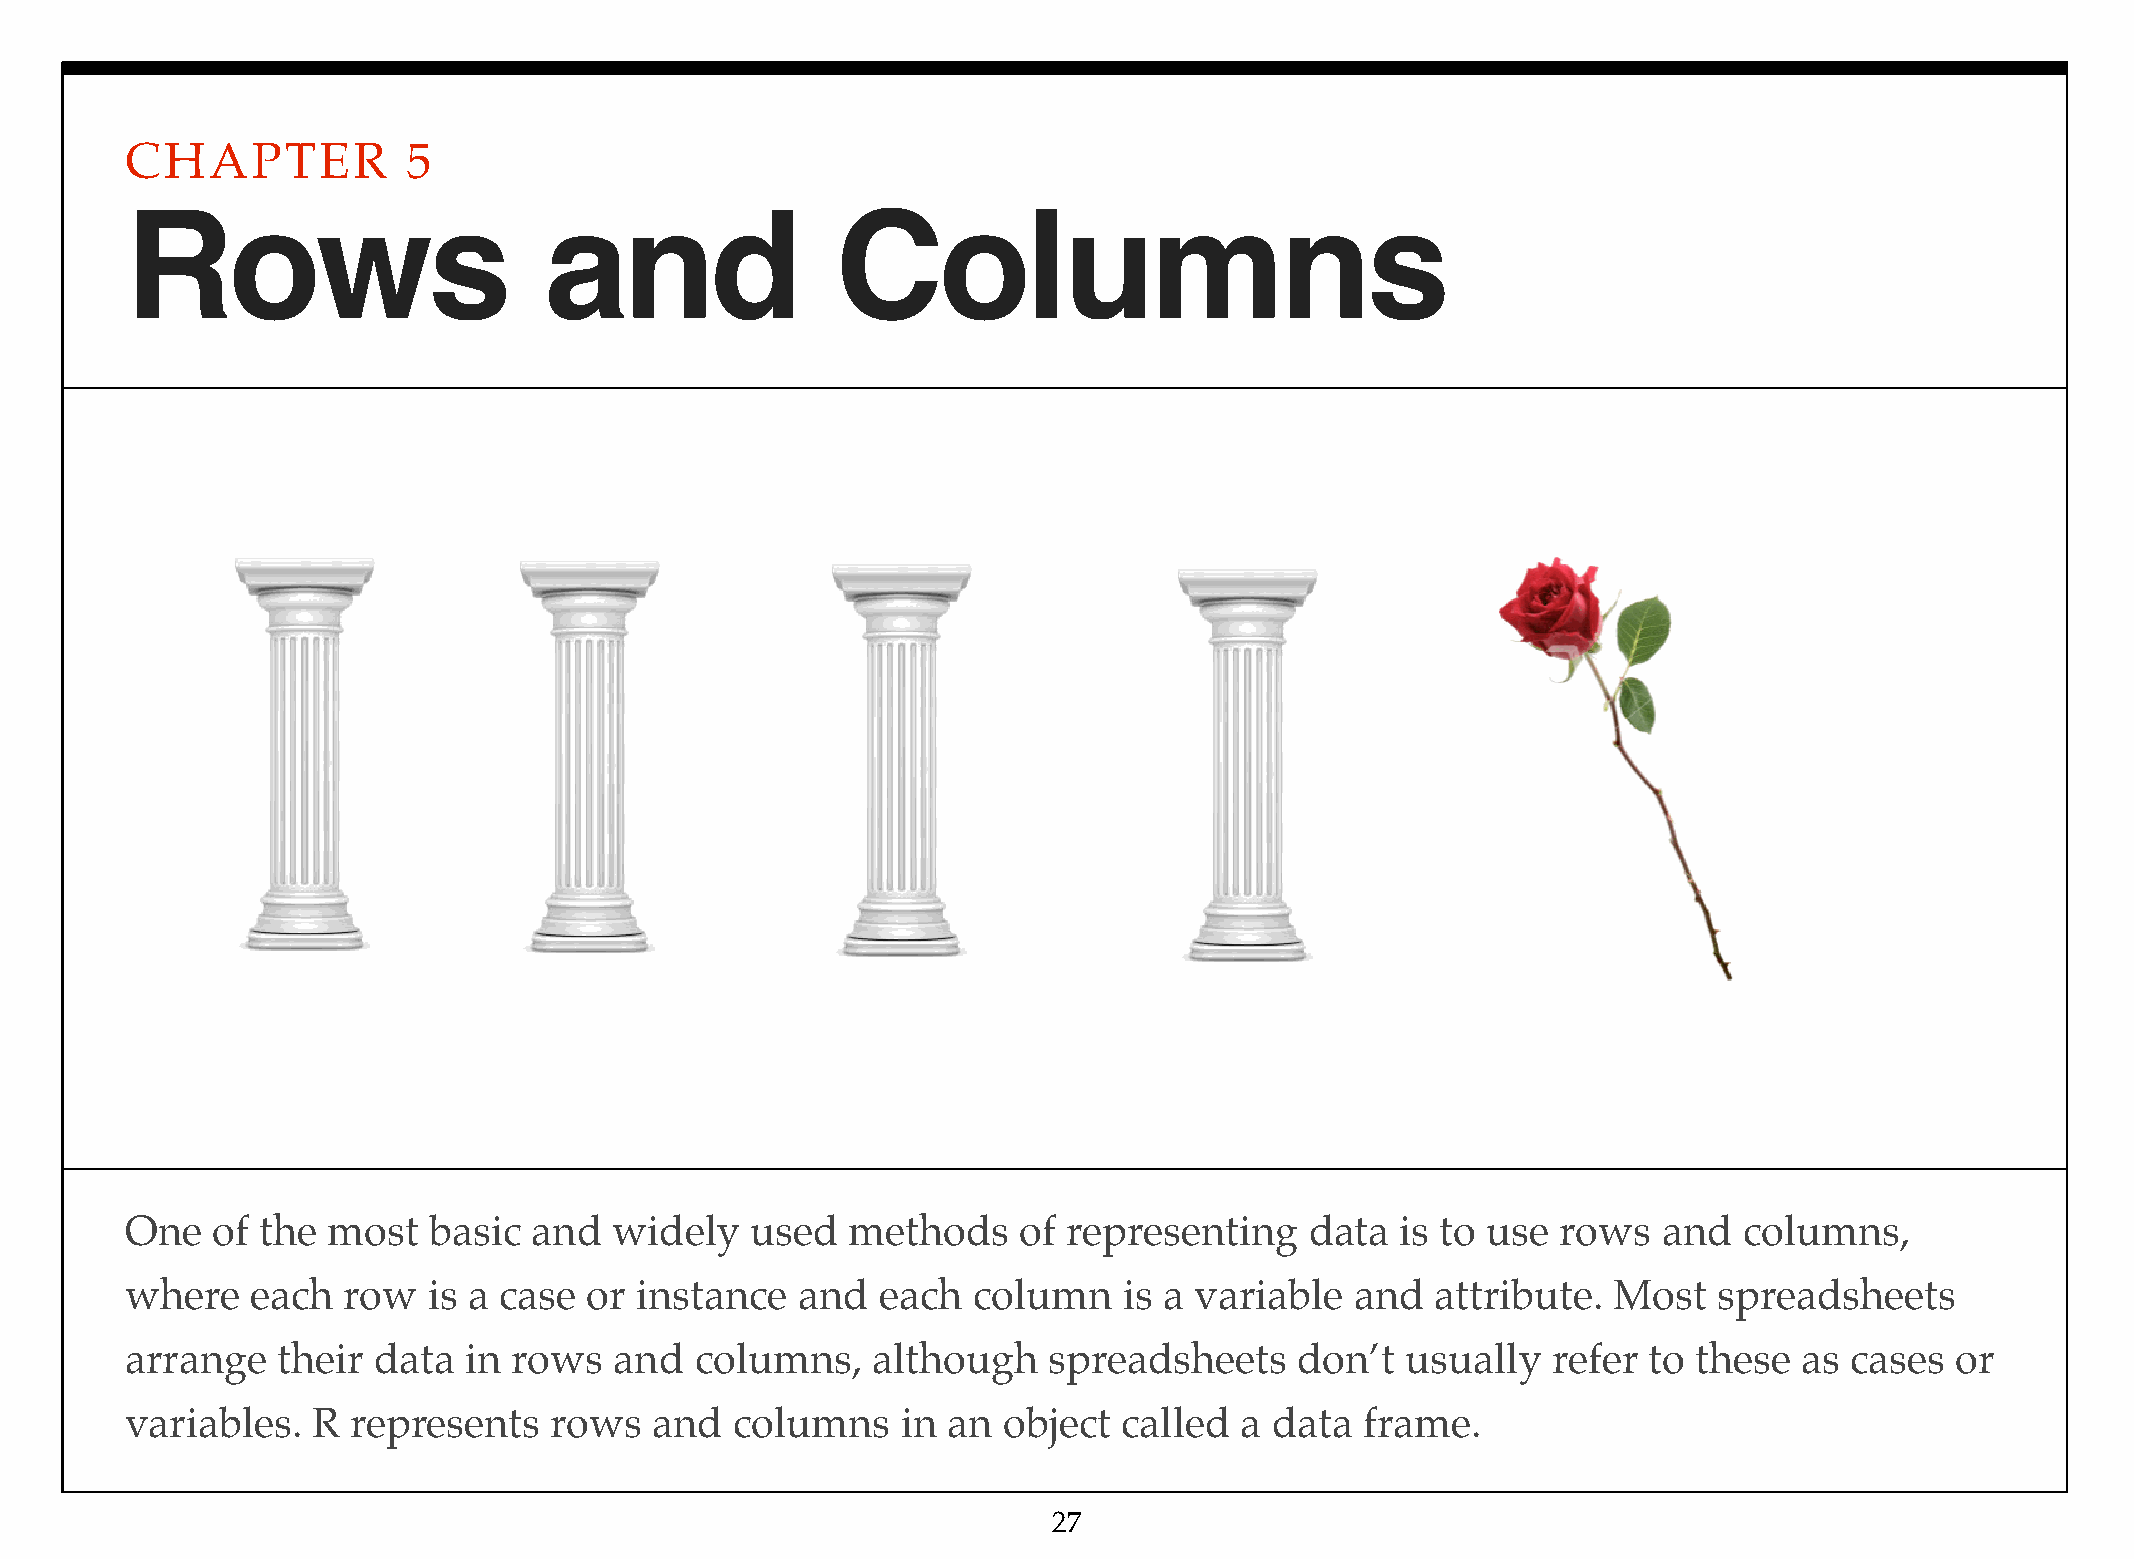
CHAPTER            5
 Rows                        and                Columns
 One   of the  most  basic  and   widely   used  methods     of representing    data  is to use rows   and  columns,
 where    each  row  is a case  or instance   and  each  column    is a variable   and  attribute.  Most   spreadsheets
 arrange   their  data  in rows   and  columns,    although   spreadsheets     don’t  usually   refer to these  as cases  or
 variables.   R represents   rows   and   columns    in an object  called  a data  frame.
 27